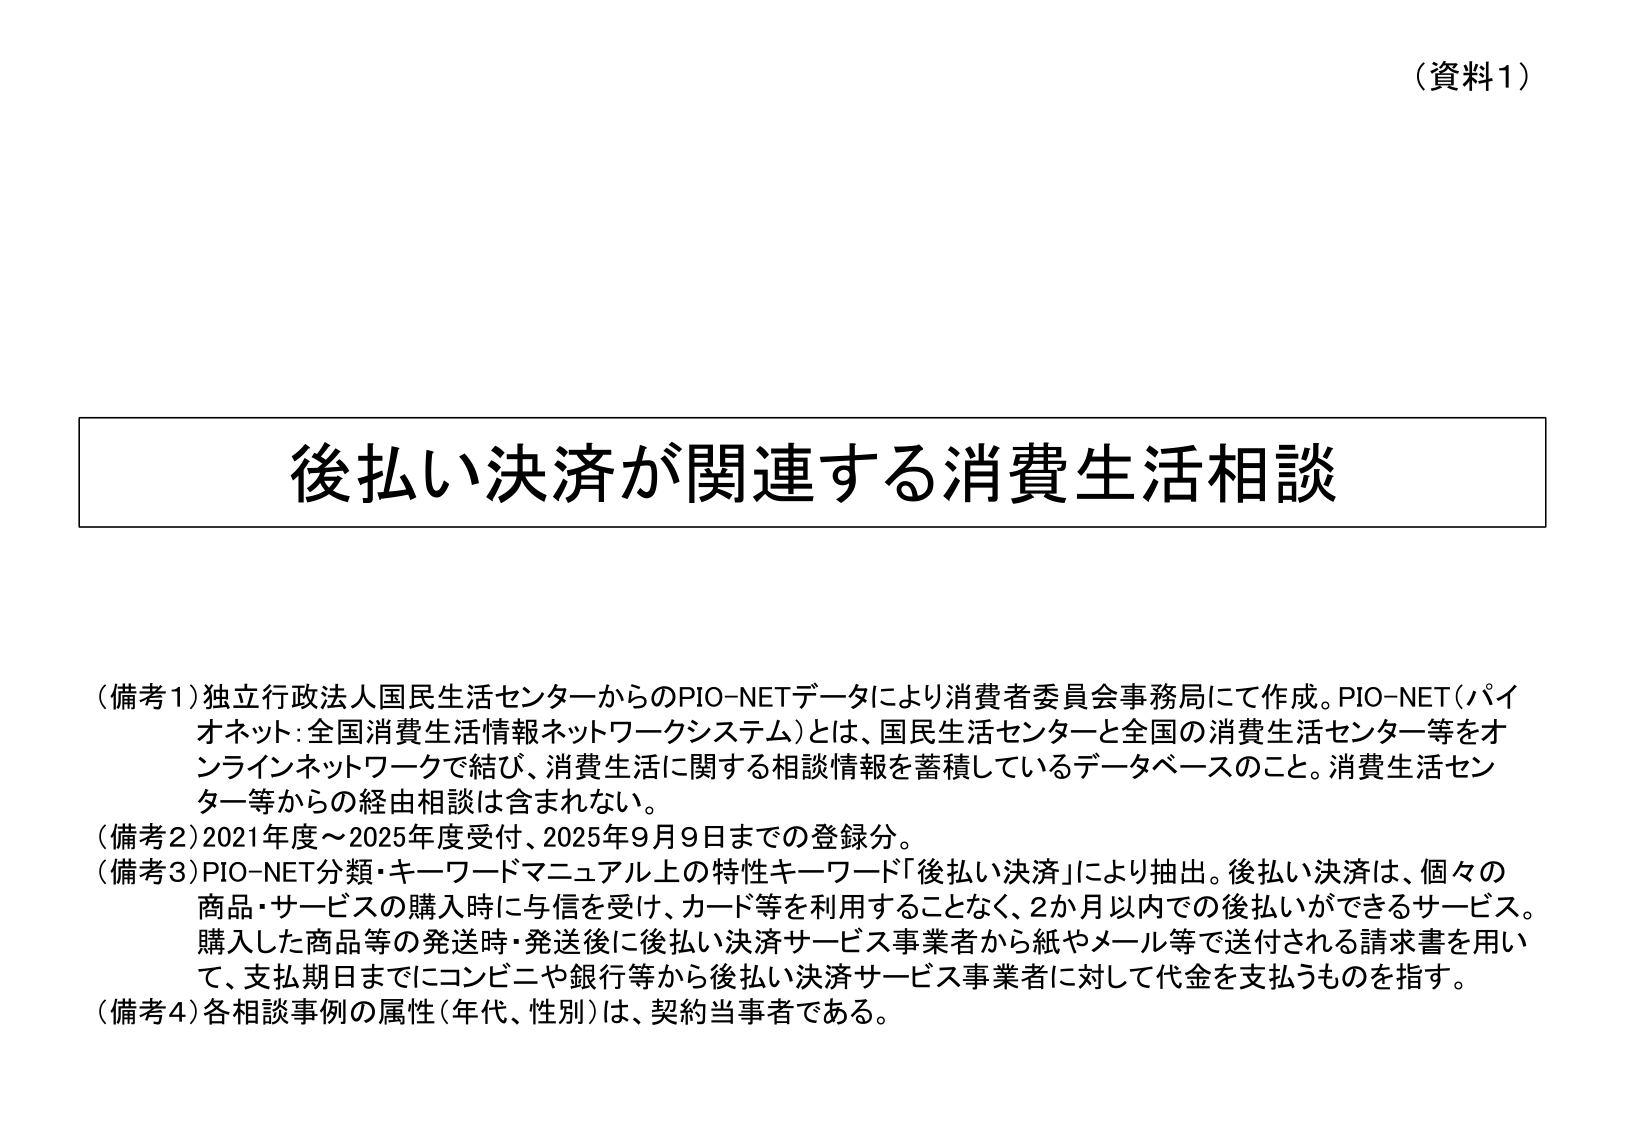
（資料1）

後払い決済が関連する消費生活相談

（備考1）独立行政法人国民生活センターからのPIO-NETデータにより消費者委員会事務局にて作成。PIO-NET（パイオネット：全国消費生活情報ネットワークシステム）とは、国民生活センターと全国の消費生活センター等をオンラインネットワークで結び、消費生活に関する相談情報を蓄積しているデータベースのこと。消費生活センター等からの経由相談は含まれない。
（備考2）2021年度～2025年度受付、2025年9月9日までの登録分。
（備考3）PIO-NET分類・キーワードマニュアル上の特性キーワード「後払い決済」により抽出。後払い決済は、個々の商品・サービスの購入時に与信を受け、カード等を利用することなく、2か月以内での後払いができるサービス。購入した商品等の発送時・発送後に後払い決済サービス事業者から紙やメール等で送付される請求書を用いて、支払期日までにコンビニや銀行等から後払い決済サービス事業者に対して代金を支払うものを指す。
（備考4）各相談事例の属性（年代、性別）は、契約当事者である。